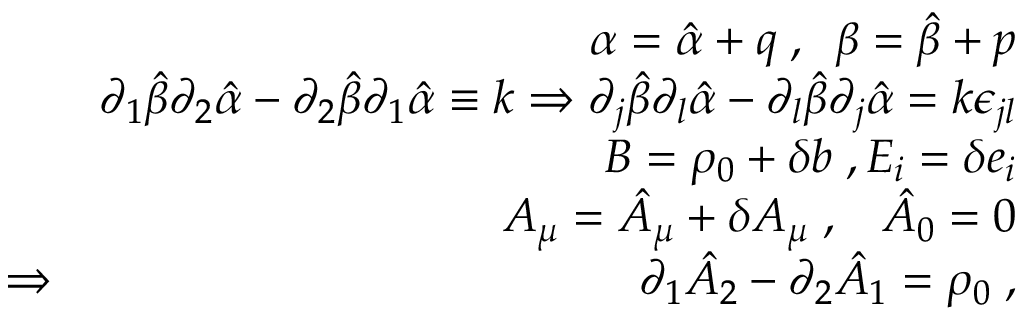
\begin{array} { r l r } & { } & { \alpha = \hat { \alpha } + q \; , \; \; \beta = \hat { \beta } + p } \\ & { } & { \partial _ { 1 } \hat { \beta } \partial _ { 2 } \hat { \alpha } - \partial _ { 2 } \hat { \beta } \partial _ { 1 } \hat { \alpha } \equiv k \Rightarrow \partial _ { j } \hat { \beta } \partial _ { l } \hat { \alpha } - \partial _ { l } \hat { \beta } \partial _ { j } \hat { \alpha } = k \epsilon _ { j l } } \\ & { } & { B = \rho _ { 0 } + \delta b \; , E _ { i } = \delta e _ { i } } \\ & { } & { A _ { \mu } = \hat { A } _ { \mu } + \delta A _ { \mu } \; , \; \; \; \hat { A } _ { 0 } = 0 } \\ & { \Rightarrow } & { \partial _ { 1 } \hat { A } _ { 2 } - \partial _ { 2 } \hat { A } _ { 1 } = \rho _ { 0 } \; , } \end{array}